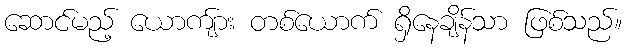
ဆောင်မည့် ယောကျ်ား တစ်ယောက် ရှိနေချိန်သာ ဖြစ်သည်။